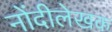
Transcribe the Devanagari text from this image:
नोंदीलेखक